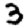
Digit: 3